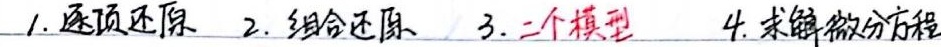
1. 逐项还原 2. 组合还原 3. 二个模型 4. 求解微分方程